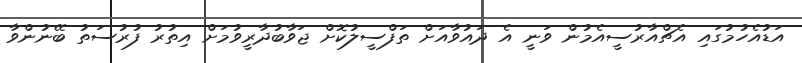
އަޑުއެހުމުގައި އެޗްއާރުސީއެމުން ވަނީ އެ ދައުވާއަށް ތަފްސީލުކޮށް ޖަވާބުދާރީވުމަށް އިތުރު ފުރުސަތު ބޭނުންވާ